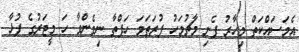
އެމަސައްކަތް މިހާރު ފެށި މާޗުމަހު ފުރަތަމަ ހަފްތާ ނިމެންވާ ހަ މީޓަރުގެ ފުޅާ